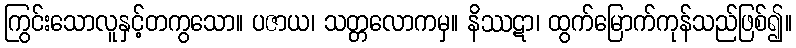
ကြွင်းသောလူနှင့်တကွသော။ ပဇာယ၊ သတ္တလောကမှ။ နိဿဋာ၊ ထွက်မြောက်ကုန်သည်ဖြစ်၍။